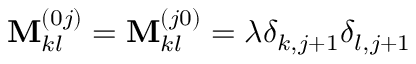
\mathbf { M } _ { k l } ^ { ( 0 j ) } = \mathbf { M } _ { k l } ^ { ( j 0 ) } = \lambda \delta _ { k , j + 1 } \delta _ { l , j + 1 }